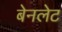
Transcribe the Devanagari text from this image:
बेनलेट